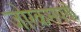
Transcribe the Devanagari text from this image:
जोरकसपणॆ